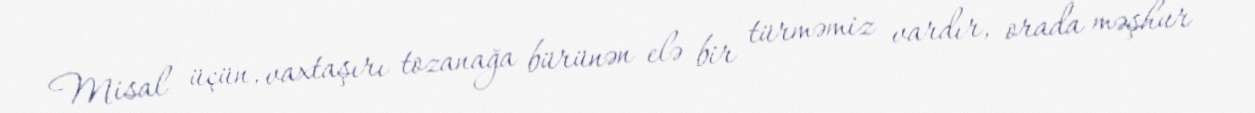
Misal üçün, vaxtaşırı tozanağa bürünən elə bir türməmiz vardır, orada məşhur